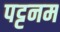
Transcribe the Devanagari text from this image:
पट्टनम